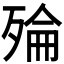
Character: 𪵅